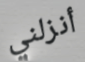
أنزلني